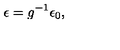
\epsilon = g ^ { - 1 } \epsilon _ { 0 } ,